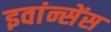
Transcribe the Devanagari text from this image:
इवांन्सेंस